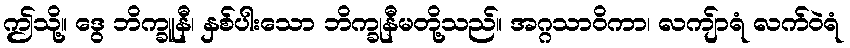
ဤသို့။ ဒွေ ဘိက္ခူနီ၊ နှစ်ပါးသော ဘိက္ခုနီမတို့သည်။ အဂ္ဂသာဝိကာ၊ လကျ်ာရံ လက်ဝဲရံ